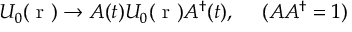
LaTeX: U _ { 0 } ( \mathrm { \boldmath ~ r ~ } ) \rightarrow A ( t ) U _ { 0 } ( \mathrm { \boldmath ~ r ~ } ) A ^ { \dag } ( t ) , ~ ~ ~ ~ ( A A ^ { \dag } = 1 )